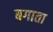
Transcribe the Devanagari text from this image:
बगाता